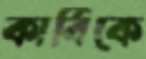
কার্বিকে